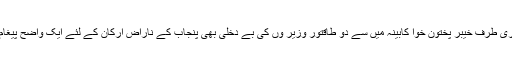
دوسری طرف خیبر پختون خوا کابینہ میں سے دو طاقتور وزیر وں کی بے دخلی بھی پنجاب کے ناراض ارکان کے لئے ایک واضح پیغام ہے۔